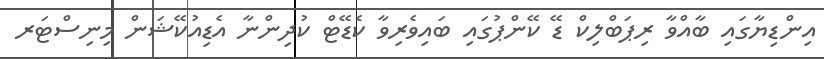
އިންޑިޔާގައި ބާއްވާ ރިޕަބްލިކް ޑޭ ކޭންޕުގައި ބައިވެރިވާ ކެޑޭޓް ކުދިންނާ އެޑިއުކޭޝަން މިނިސްޓަރ